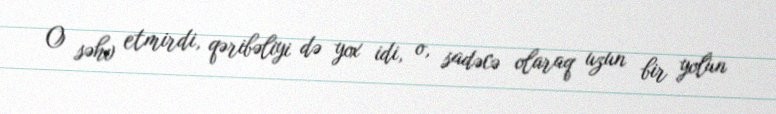
O səhv etmirdi, qəribəliyi də yox idi, o, sadəcə olaraq uzun bir yolun